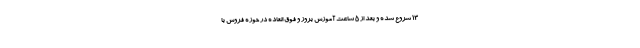
۱۳ شروع شده و بعد از ۵ ساعت آموزش بروز و فوق العاده در حوزه فروش با